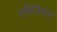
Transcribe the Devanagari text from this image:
एमिडियंस